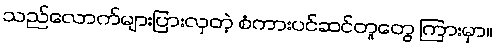
သည်လောက်များပြားလှတဲ့ စံကားပင်ဆင်တူတွေ ကြားမှာ။